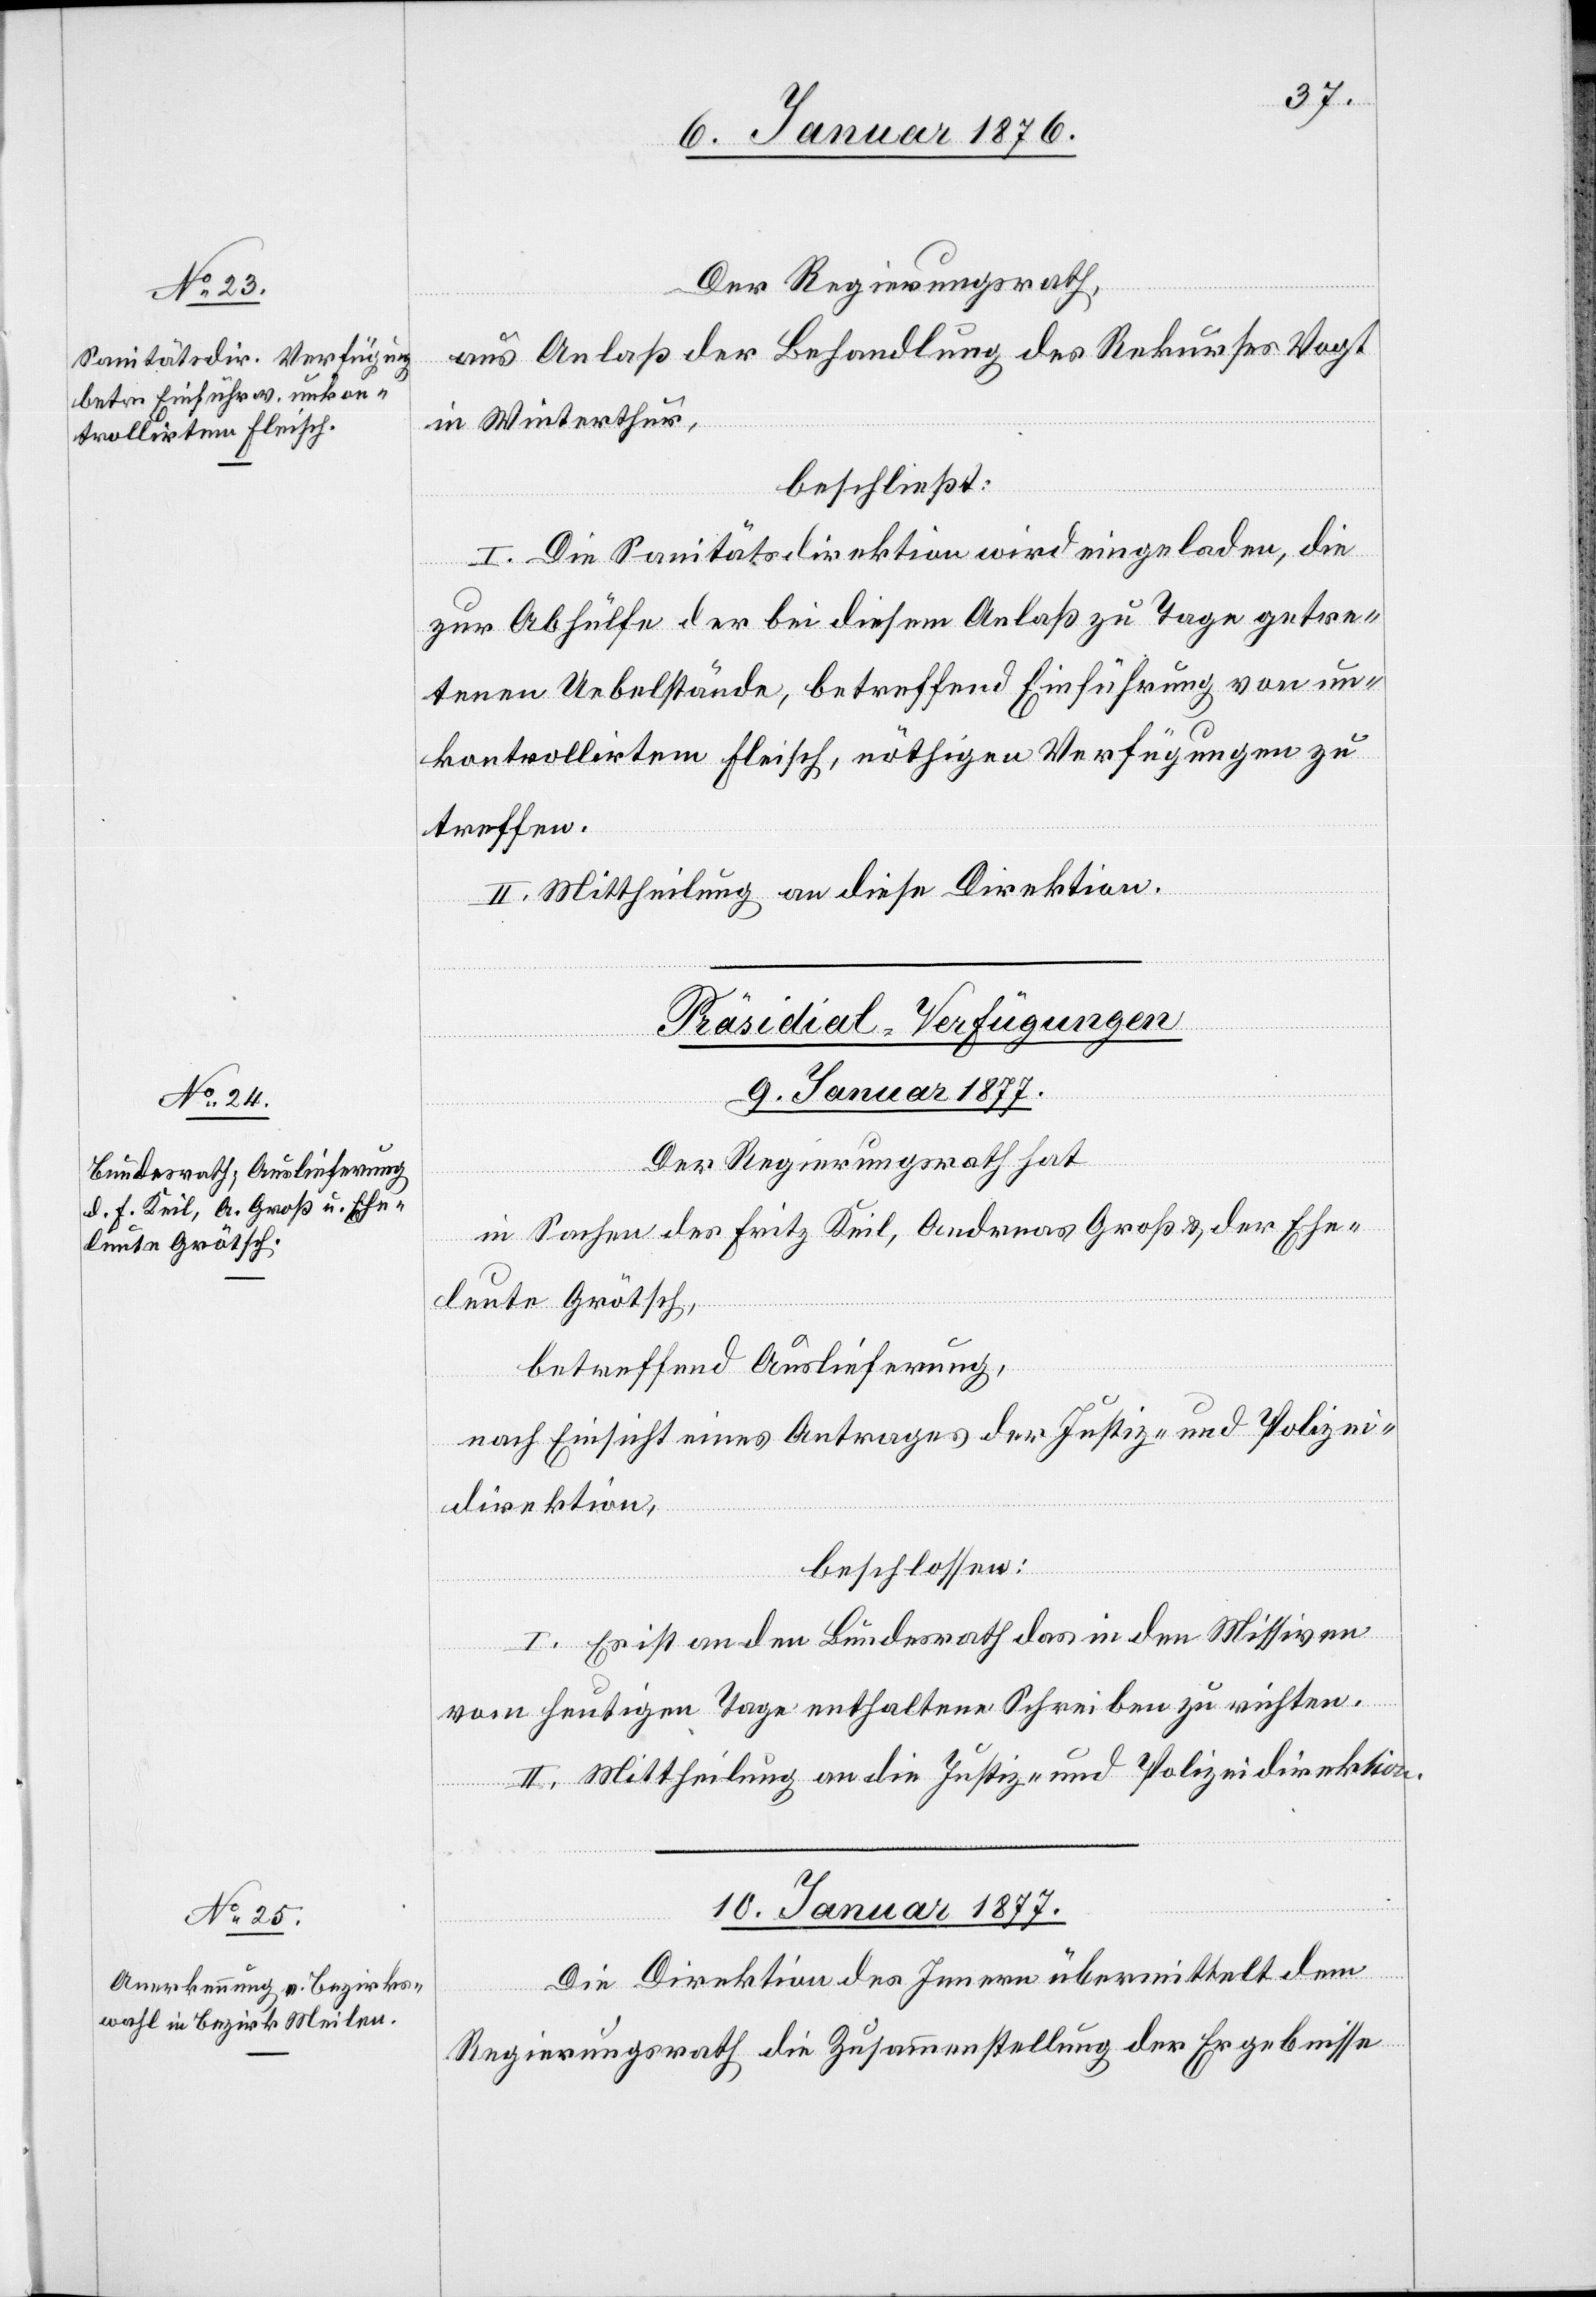
Der Regierungsrath,
aus Anlass der Behandlung des Rekurses Vogt
in Winterthur,
beschließt:
I. Die Sanitätsdirektion wird eingeladen, die
zur Abhülfe der bei diesem Anlaß zu Tage getre¬
tenen Uebelstände, betreffend Einführung von un¬
kontrollirtem Fleisch, nöthigen Verfügungen zu
treffen.
II. Mittheilung an diese Direktion.
[Präsidial-Verfügungen.]
9. Januar 1877.
Der Regierungsrath hat,
in Sachen des Fritz Keil, Andreas Groß & der Ehe¬
leute Grötsch,
betreffend Auslieferung,
nach Einsicht eines Antrages der Justiz- und Polizei¬
direktion,
beschlossen:
I. Es ist an den Bundesrath das in den Missiven
vom heutigen Tage enthaltene Schreiben zu richten.
II. Mittheilung an die Justiz- und Polizeidirektion.
10. Januar 1877.
Die Direktion des Innern übermittelt dem
Regierungsrath die Zusammenstellung der Ergebnisse